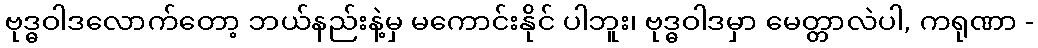
ဗုဒ္ဓဝါဒလောက်တော့ ဘယ်နည်းနဲ့မှ မကောင်းနိုင် ပါဘူး၊ ဗုဒ္ဓဝါဒမှာ မေတ္တာလဲပါ, ကရုဏာ -